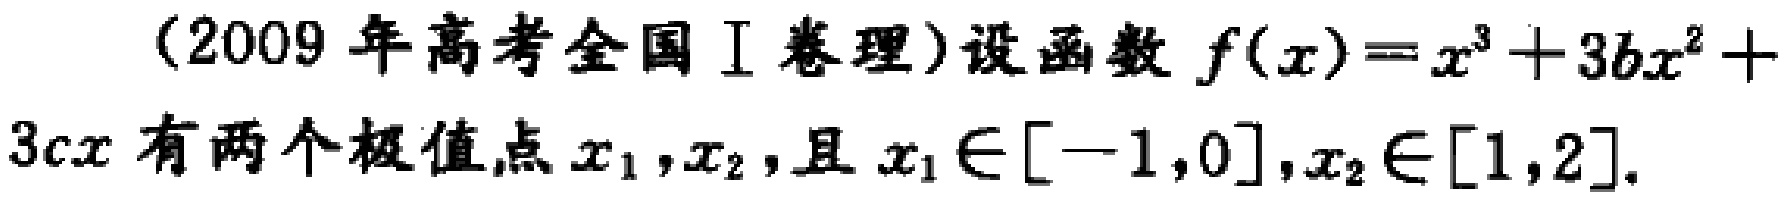
(2009年高考全国Ⅰ卷理)设函数$f(x)=x^{3}+3bx^{2}+3cx$有两个极值点$x_{1},x_{2}$,且$x_{1} \in [-1,0],x_{2} \in [1,2]$.